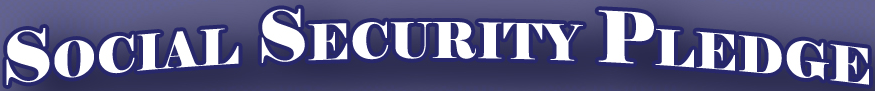
SOCIAL SECURITY PLEDGE